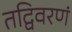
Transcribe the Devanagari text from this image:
तद्विवरणं